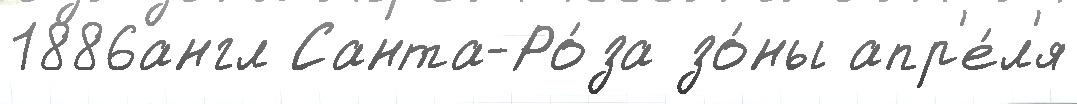
1886англ Санта-Ро́за зо́ны апр'е́л'я